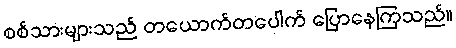
စစ်သားများသည် တယောက်တပေါက် ပြောနေကြသည်။